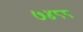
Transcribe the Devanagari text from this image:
७४८८